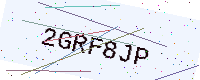
Text: 2GRF8JP